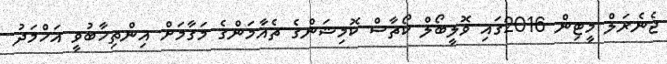
ޖެނެރަލް މީޓިން 2016ގައި ވޮލީބޯލް ކޯޗާސް ކޮމިޝަންގެ ޗެއާމަންގެ މަގާމަށް އިންތިޚާބުވީ އަހްމަދު